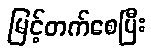
မြင့်တက်စေပြီး